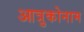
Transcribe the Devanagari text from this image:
आत्रुकोनाम